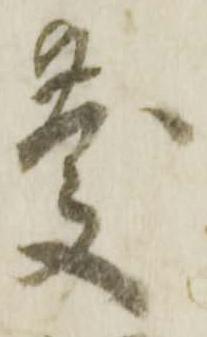
慶